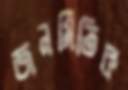
জনমিতিক